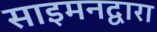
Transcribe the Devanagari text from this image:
साइमनद्वारा